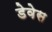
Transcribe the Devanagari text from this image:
डेवेस